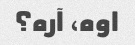
اوه، آره؟